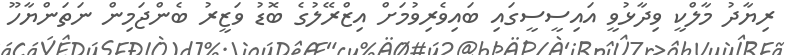
ރިޔާދު މާލްކީ ވިދާޅުވީ އައިސީސީގައި ބައިވެރިވުމަށް އިޒްރޭލުގެ ބޮޑު ވަޒީރު ބެންޖަމިން ނަތަންޔާހޫ